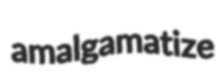
amalgamatize